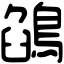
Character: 鵮